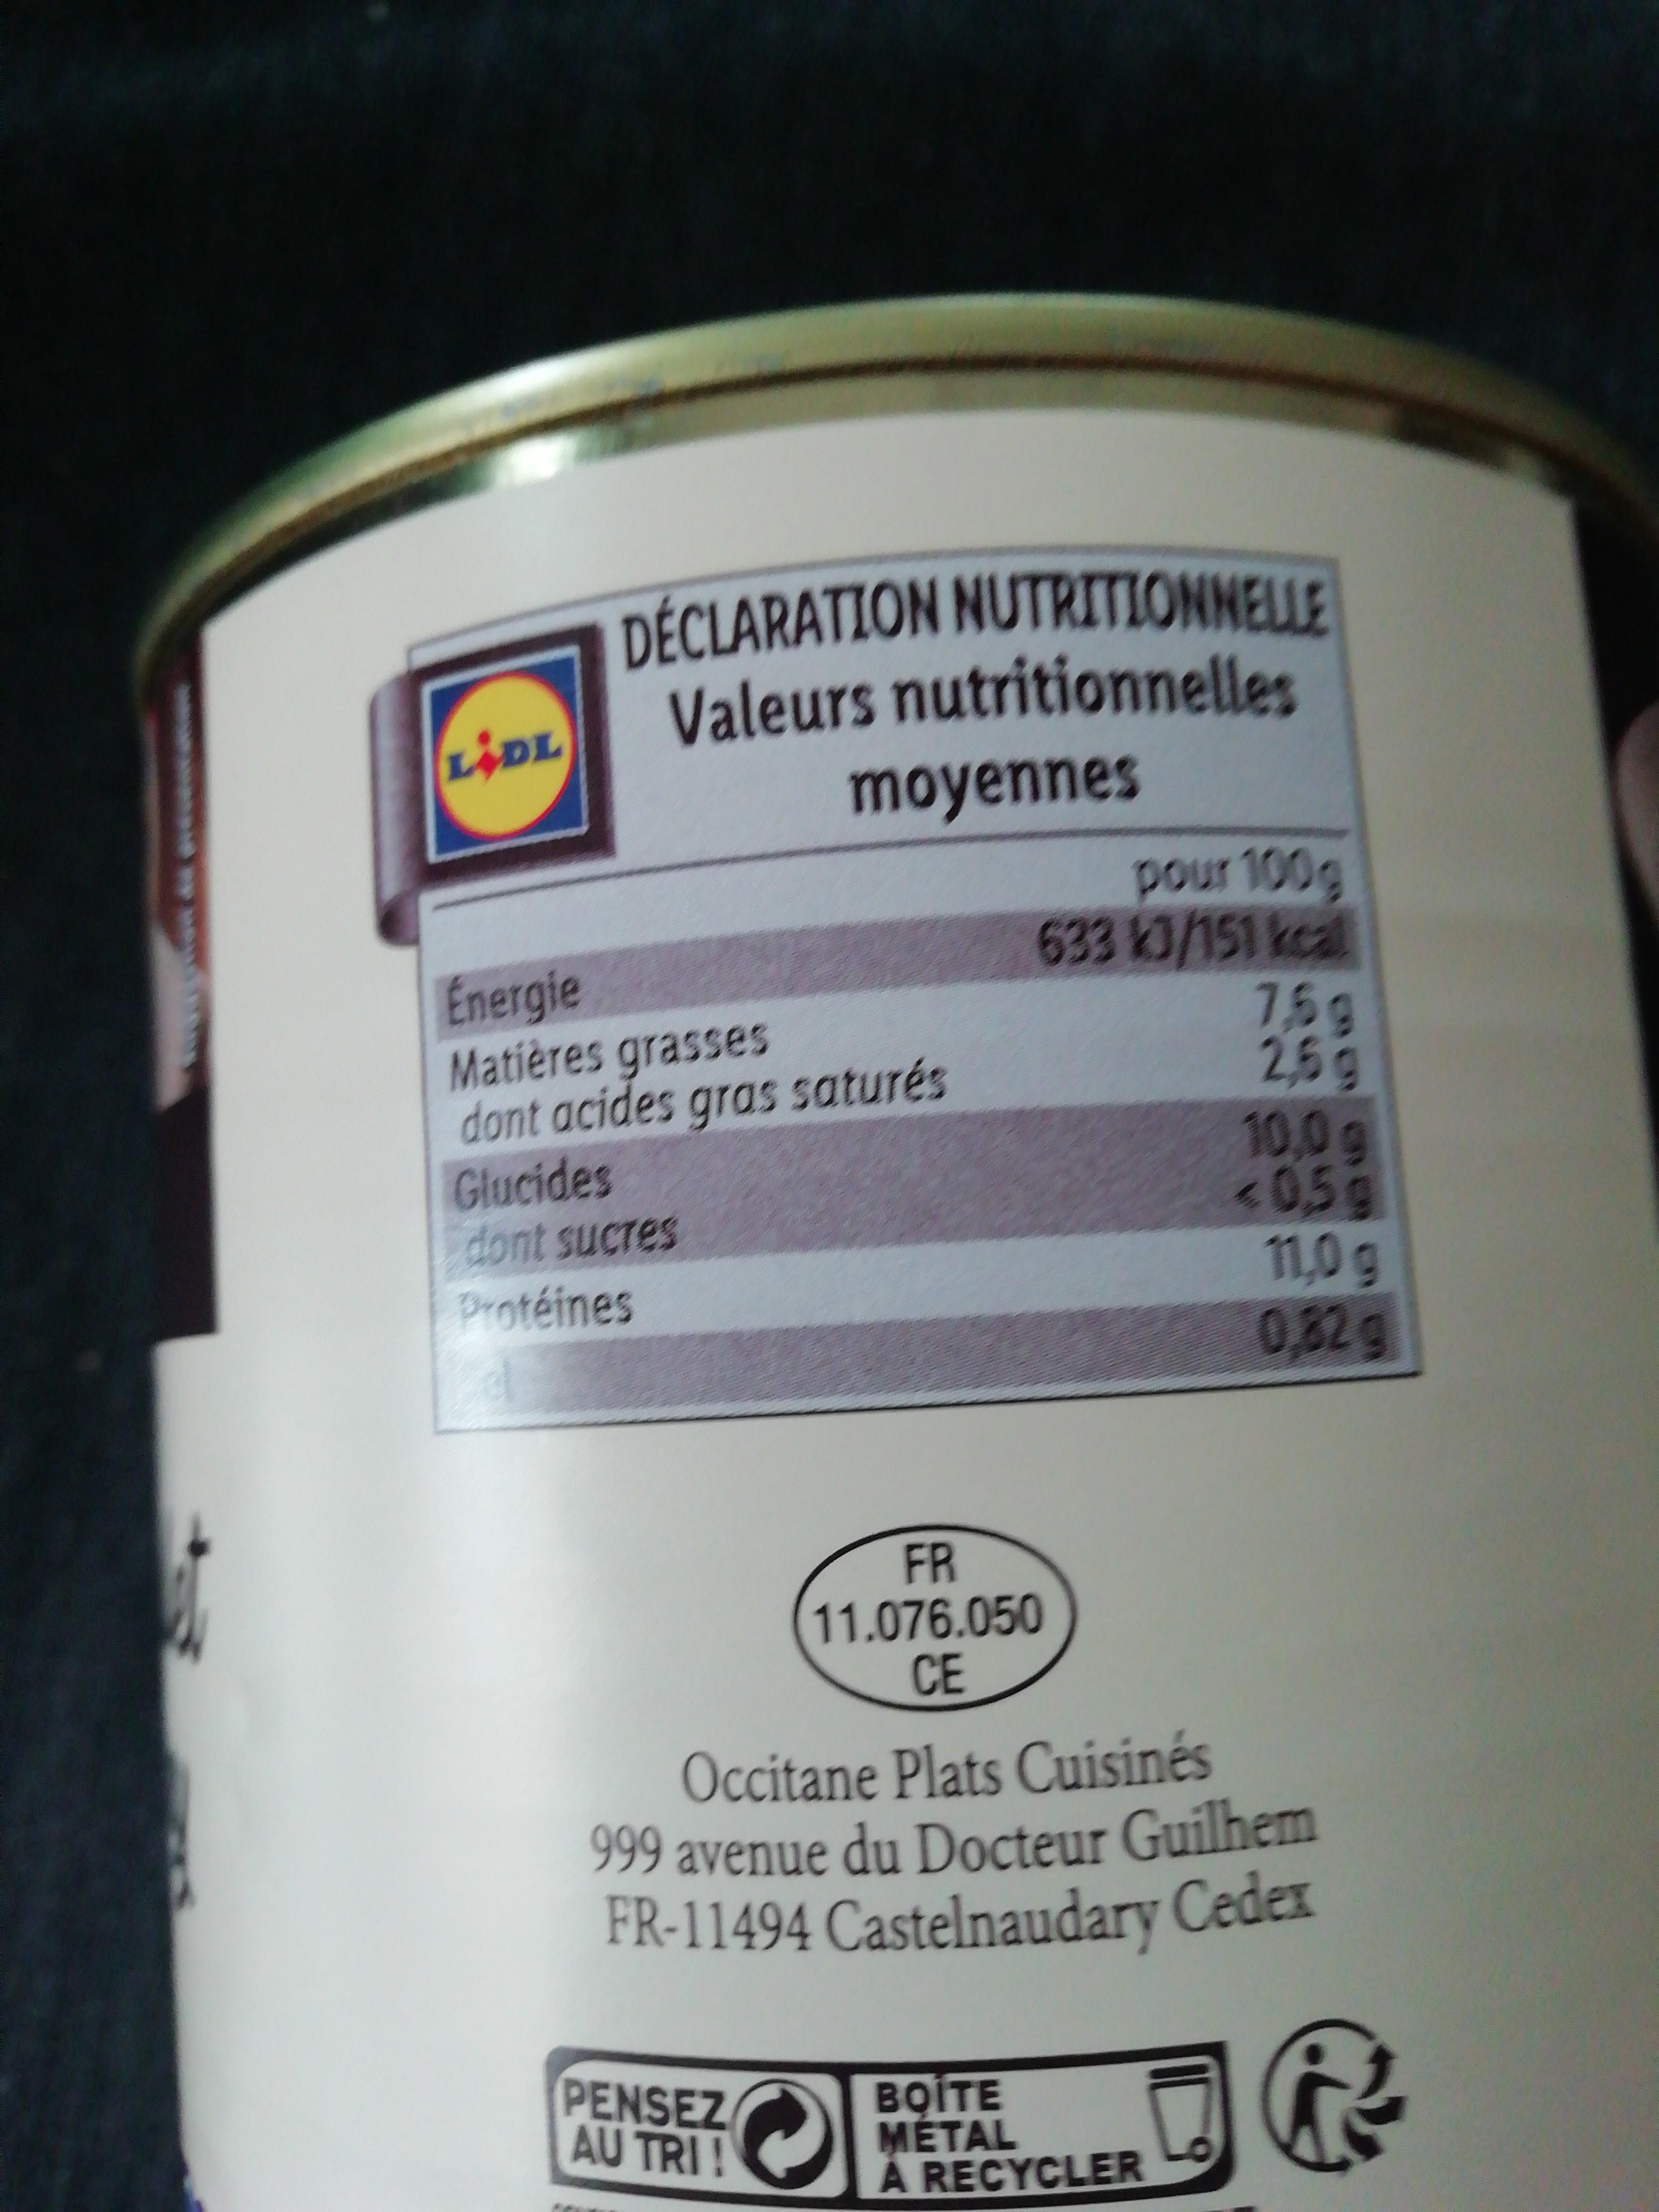
DÉCLARATION NUTRITIONNELLE Valeurs nutritionnelles
LIDL
moyennes
Énergie Matières grasses dont acides gras saturés Glucides dont sucres
pour 100g 633 K3/151 kcal 75g 2,5g 10,0g <0,5g 11,0g 0,82g
Protéines
FR 11.076.050 CE
Occitane Plats Cuisinés 999 avenue du Docteur Guilhem FR-11494 Castelnaudary Cedex
PENSEZ AU TRI!
BOITE MÉTAL À RECYCLER